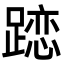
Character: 𨄄